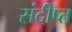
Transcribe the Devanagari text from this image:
संदीप्त